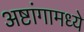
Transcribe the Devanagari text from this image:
अष्टांगामध्ये